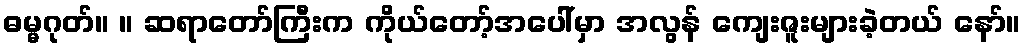
ဓမ္မဂုတ်။ ။ ဆရာတော်ကြီးက ကိုယ်တော့်အပေါ်မှာ အလွန် ကျေးဇူးများခဲ့တယ် နော်။